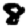
Digit: 8